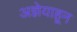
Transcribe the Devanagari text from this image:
अज्ञेयाहून